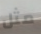
مثل